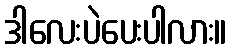
ဒါလေးပဲပေးပါလား။